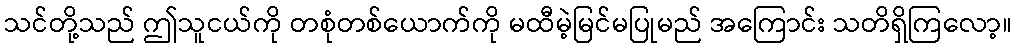
သင်တို့သည် ဤသူငယ်ကို တစုံတစ်ယောက်ကို မထီမဲ့မြင်မပြုမည် အကြောင်း သတိရှိကြလော့။